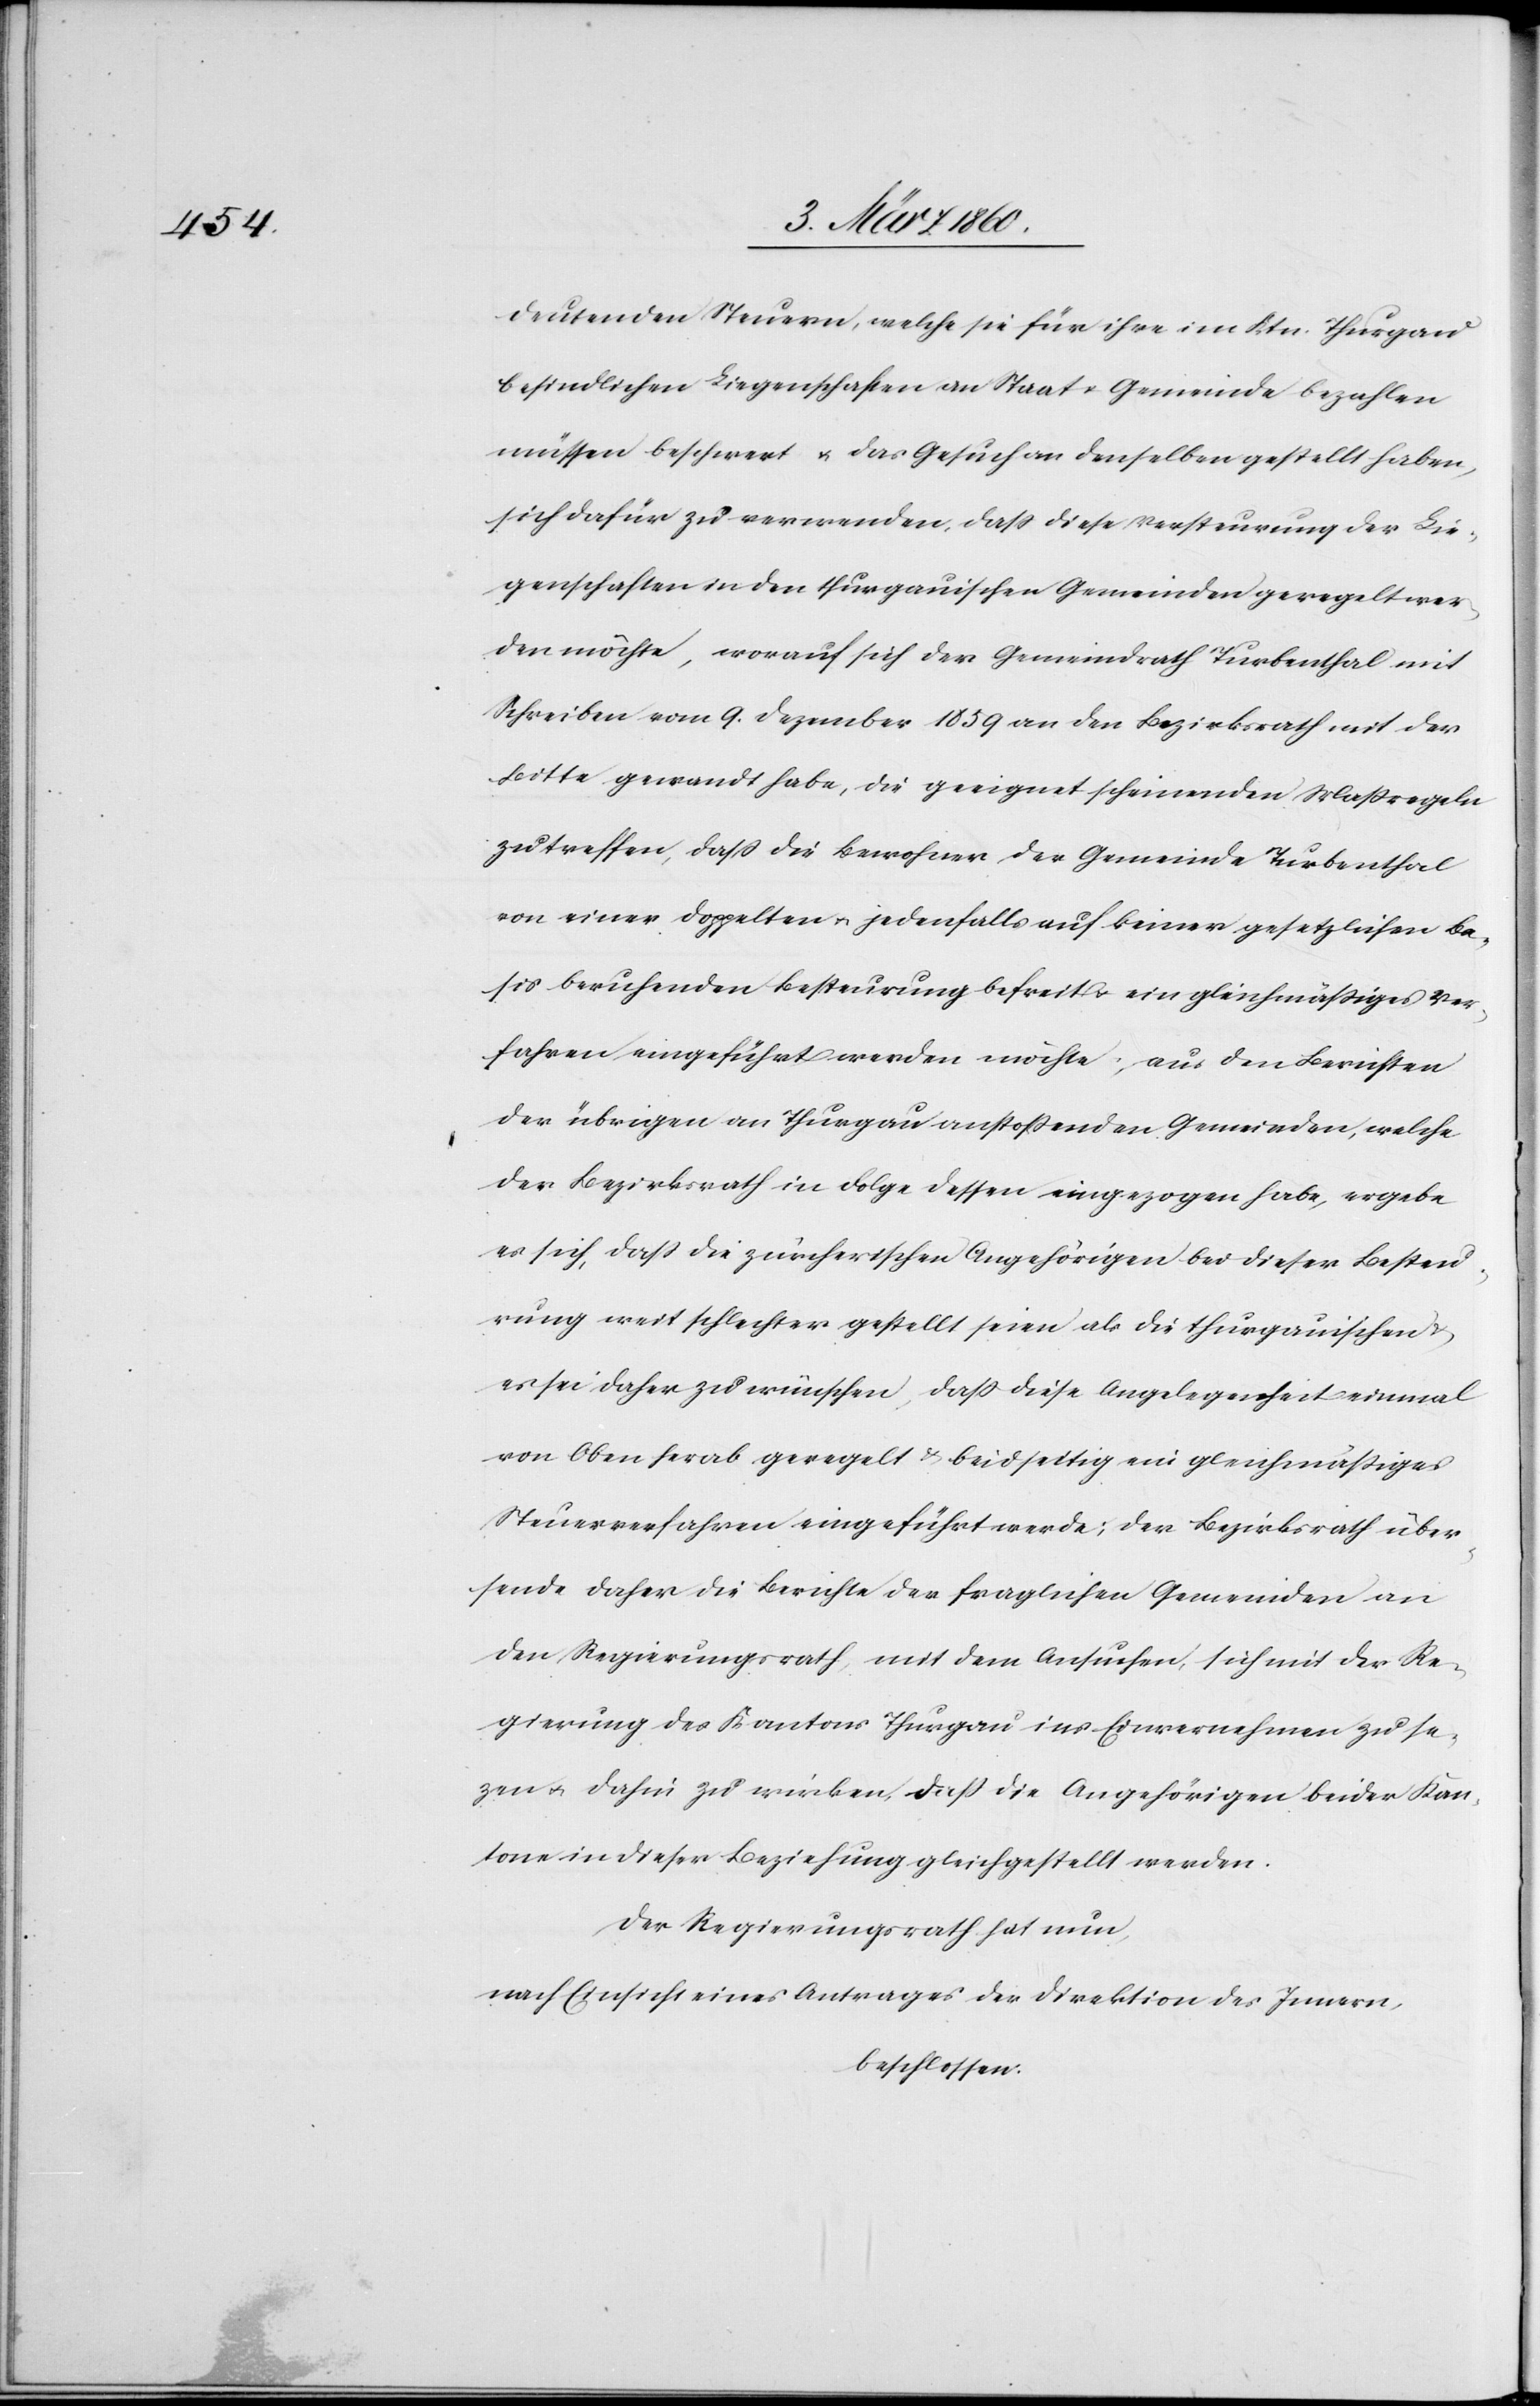
deutenden Steuern, welche sie für ihre im Ktn. Thurgau
befindlichen Liegenschaften an Staat u. Gemeinde bezahlen
müssen beschwert u. das Gesuch an denselben gestellt haben,
sich dafür zu verwenden, dass diese Versteuerung der Lie¬
genschaften in den thurgauischen Gemeinden geregelt wer¬
den möchte, worauf sich der Gemeindrath Turbenthal mit
Schreiben vom 9. Dezember 1859 an den Bezirksrath mit der
Bitte gewandt habe, die geeignet scheinenden Massregeln
zu treffen, dass die Bewohner der Gemeinde Turbenthal
von einer Doppelten u. jedenfalls auf keiner gesetzlichen Ba¬
sis beruhenden Besteurung befreit u. ein gleichmäßiges Ver¬
fahren eingeführt werden möchte; aus den Berichten
der übrigen an Thurgau anstoßenden Gemeinde, welche
der Bezirksrath in Folge dessen eingezogen habe, ergebe
es sich, dass die zürcherischen Angehörigen bei dieser Besteu¬
rung weit schlechter gestellt seien als die thurgauischen
es sei daher zu wünschen, dass diese Angelegenheit einmal
von Oben herab geregelt u. beidseitig ein gleichmässiges
Steuerverfahren eingeführt werde; der Bezirksrath über¬
sende daher die Berichte der fraglichen Gemeinden an
den Regierungsrath, mit dem Ansuchen, sich mit der Re¬
gierung des Kantons Thurgau ins Einvernehmen zu set¬
zen u. dahin zu wirken, dass die Angehörigen beider Kan¬
tone in dieser Beziehung gleichgestellt werden.
Der Regierungsrath hat nun,
nach Einsicht eines Antrages der Direktion des Innern,
beschlossen: